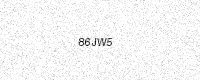
Text: 86JW5